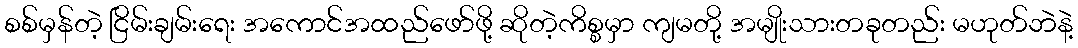
စစ်မှန်တဲ့ ငြိမ်းချမ်းရေး အကောင်အထည်ဖော်ဖို့ ဆိုတဲ့ကိစ္စမှာ ကျမတို့ အမျိုးသားတခုတည်း မဟုတ်ဘဲနဲ့